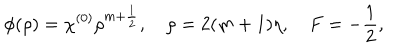
LaTeX: \phi ( \rho ) = \chi ^ { ( 0 ) } \rho ^ { m + \frac 1 2 } , \quad \rho = 2 ( m + 1 ) \eta , \quad F = - \frac 1 2 ,